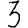
Digit: 3